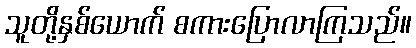
သူတို့နှစ်ယောက် စကားပြောလာကြသည်။